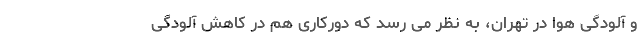
و آلودگی هوا در تهران، به نظر می رسد که دورکاری هم در کاهش آلودگی